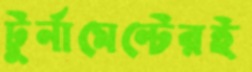
টুর্নামেন্টেরই